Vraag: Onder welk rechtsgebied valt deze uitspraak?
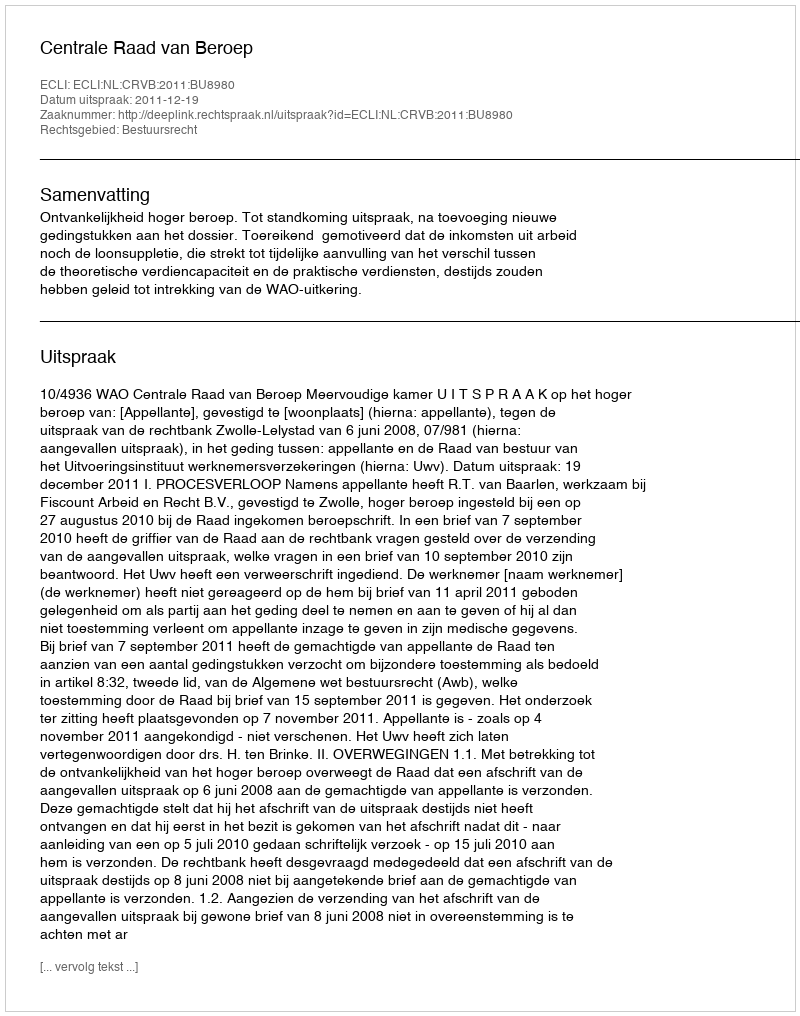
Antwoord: Bestuursrecht